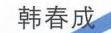
韩春成